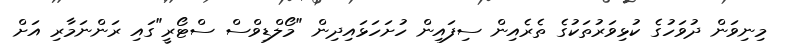
މިނިވަން ދުވަހުގެ ކުޅިވަރުތަކުގެ ތެރެއިން ސިފައިން ހުށަހަޅައިދިން "މޯލްޑިވްސް ސްޓޯރީ"ގައި ރަންނަމާރި އަށް